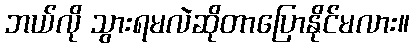
ဘယ်လို သွားရမလဲဆိုတာပြောနိုင်မလား။